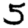
Digit: 5